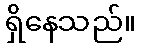
ရှိနေသည်။